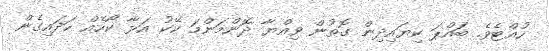
ހުއްޓެވެ. ބައްޕަ ކިޔައިދިން ގޮތުން ވިއްޔާ ދޮންމަންމަ ކޭކު އަޅާ ކޯހެއް ހަދައިގެން